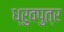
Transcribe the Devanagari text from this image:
ध्रुवपुत्र